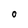
Character: 0